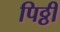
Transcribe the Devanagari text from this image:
पिठ्ठी